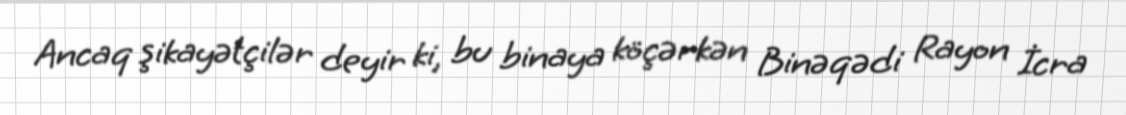
Ancaq şikayətçilər deyir ki, bu binaya köçərkən Binəqədi Rayon İcra